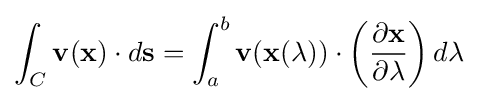
\int _{C}\mathbf {v} (\mathbf {x} )\cdot d\mathbf {s} =\int _{a}^{b}\mathbf {v} (\mathbf {x} (\lambda ))\cdot \left({\partial \mathbf {x}  \over \partial \lambda }\right)d\lambda